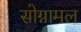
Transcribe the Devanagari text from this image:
सोग्नामल